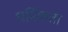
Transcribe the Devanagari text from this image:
धर्मिकता